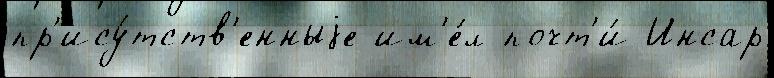
пр'ису́тств'енныjе им'е́л почт'и́ Инсар